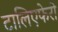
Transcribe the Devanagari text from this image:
टालिएफेरो